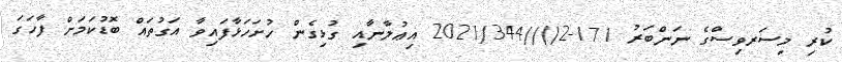
ކުރި މިސަރވިސްގެ ނަންބަރު 171-2()//2021/344 އިޢުލާނާއި ގުޅިގެން ހުށަހަޅާފައިވާ އަގުތައް ބޮޑުކަމަށް ފާހަގަ